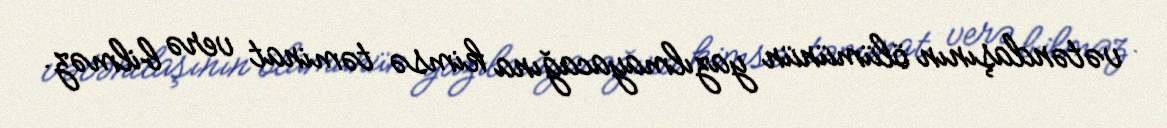
vətəndaşının ölümünün yazılmayacağına kimsə təminat verə bilməz.